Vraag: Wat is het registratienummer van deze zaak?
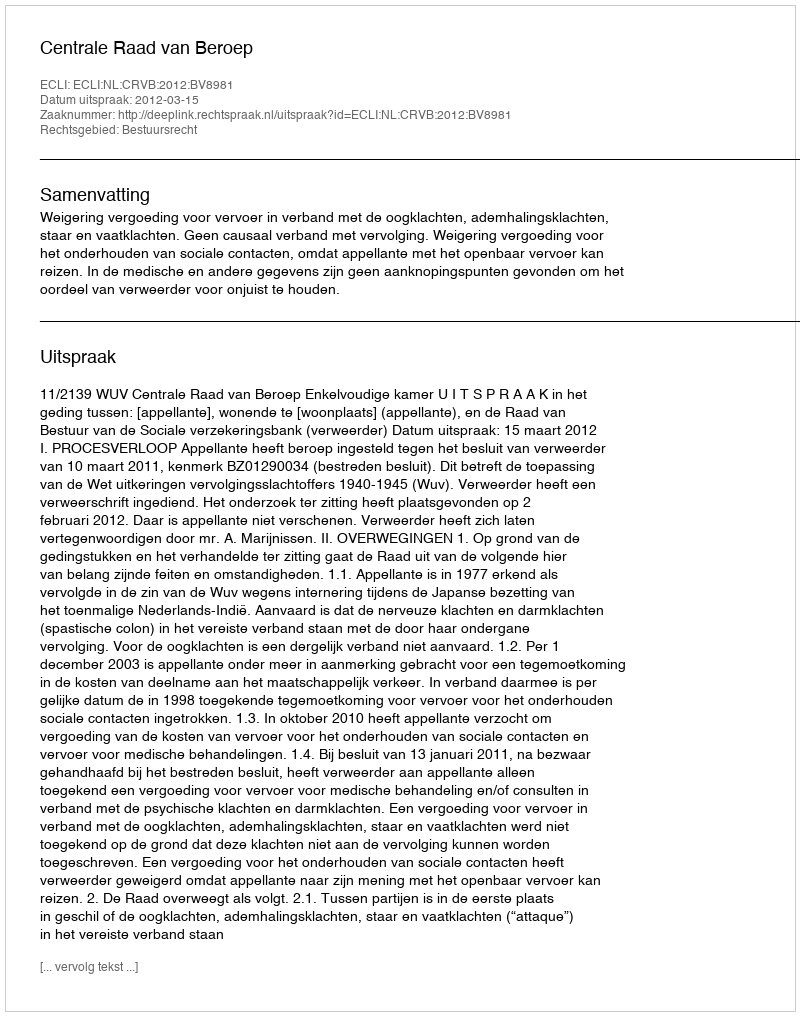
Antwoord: http://deeplink.rechtspraak.nl/uitspraak?id=ECLI:NL:CRVB:2012:BV8981